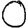
Digit: 0